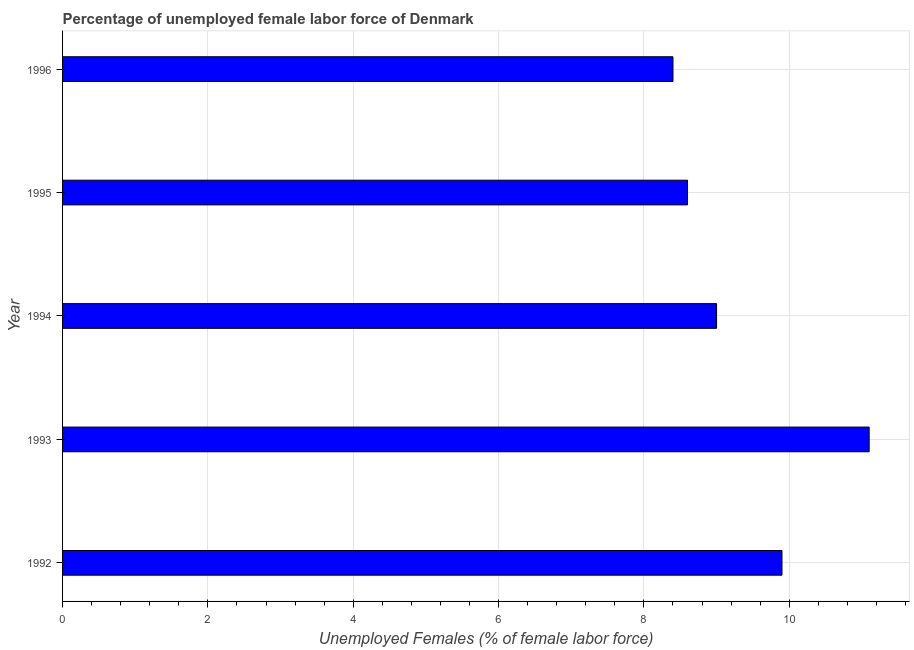
| Year | Unemployment female |
 | --- | --- |
 | 1992 | 9.9 |
 | 1993 | 11.1 |
 | 1994 | 9 |
 | 1995 | 8.6 |
 | 1996 | 8.4 |